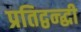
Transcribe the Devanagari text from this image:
प्रतिद्वन्द्धी